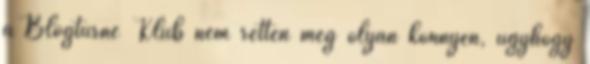
a Blogturné Klub nem retten meg olyan könnyen, úgyhogy